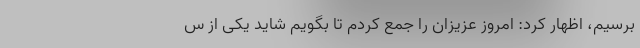
برسیم، اظهار کرد: امروز عزیزان را جمع کردم تا بگویم شاید یکی از س